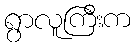
ရွာလူကြီးက